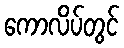
ကောလိပ်တွင်